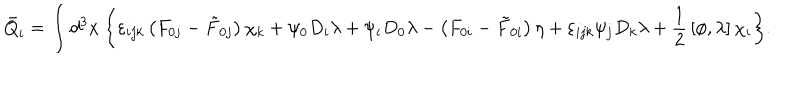
LaTeX: \bar { Q } _ { i } = \int d ^ { 3 } x \: \biggl \{ \varepsilon _ { i j k } \left( F _ { 0 j } - \tilde { F } _ { 0 j } \right) \chi _ { k } + \psi _ { 0 } D _ { i } \lambda + \psi _ { i } D _ { 0 } \lambda - \left( F _ { 0 i } - \tilde { F } _ { 0 i } \right) \eta + \varepsilon _ { i j k } \psi _ { j } D _ { k } \lambda + { \frac { 1 } { 2 } } \left[ \phi , \lambda \right] \chi _ { i } \biggl \} .